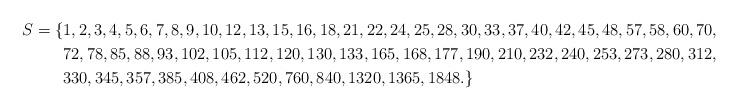
LaTeX: \begin{align*}S = \{&1,2,3,4,5, 6, 7, 8, 9, 10, 12, 13, 15, 16, 18, 21, 22, 24, 25, 28, 30, 33, 37, 40, 42, 45, 48, 57, 58, 60, 70,\\ & 72, 78, 85, 88, 93, 102, 105, 112, 120, 130, 133, 165, 168, 177, 190, 210, 232, 240, 253, 273, 280, 312,\\ & 330, 345, 357, 385, 408, 462, 520, 760, 840, 1320, 1365, 1848.\}\end{align*}